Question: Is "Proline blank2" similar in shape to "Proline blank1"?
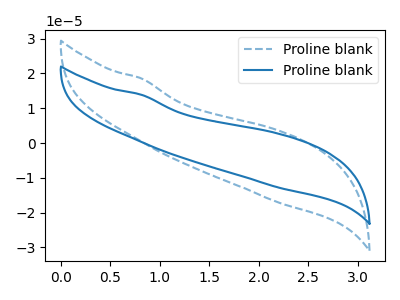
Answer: <think>The blue dashed curve "Proline blank1" has no peaks. The blue curve "Proline blank2" has no peaks.
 Neither "Proline blank2" or "Proline blank1" have any peaks.</think>
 <answer>"Proline blank2" and "Proline blank1" are similar in shape.</answer>
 <eval>same_shape</eval>